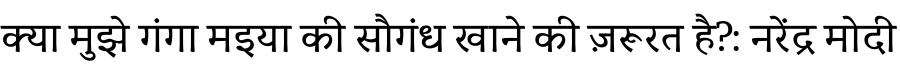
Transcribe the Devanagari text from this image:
क्या मुझे गंगा मइया की सौगंध खाने की ज़रूरत है?: नरेंद्र मोदी